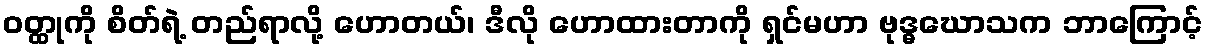
ဝတ္ထုကို စိတ်ရဲ့ တည်ရာလို့ ဟောတယ်၊ ဒီလို ဟောထားတာကို ရှင်မဟာ ဗုဒ္ဓဃောသက ဘာကြောင့်